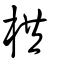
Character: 栱